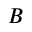
B